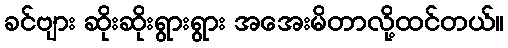
ခင်ဗျား ဆိုးဆိုးရွားရွား အအေးမိတာလို့ထင်တယ်။